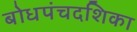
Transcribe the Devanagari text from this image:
बोधपंचदशिका